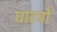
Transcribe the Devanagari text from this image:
घाटवौ